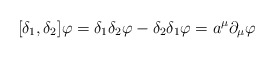
\begin{align*}[ \delta_{1}, \delta_{2} ] \varphi = \delta_{1} \delta_{2}\varphi - \delta_{2} \delta_{1} \varphi = a^{\mu}\partial_{\mu} \varphi\end{align*}